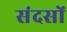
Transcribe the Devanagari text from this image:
संदसों